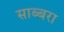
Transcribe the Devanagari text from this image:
साब्बरा